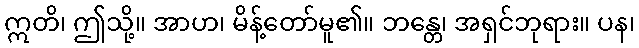
ဣတိ၊ ဤသို့။ အာဟ၊ မိန့်တော်မူ၏။ ဘန္တေ၊ အရှင်ဘုရား။ ပန၊